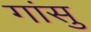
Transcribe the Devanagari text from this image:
गांसु